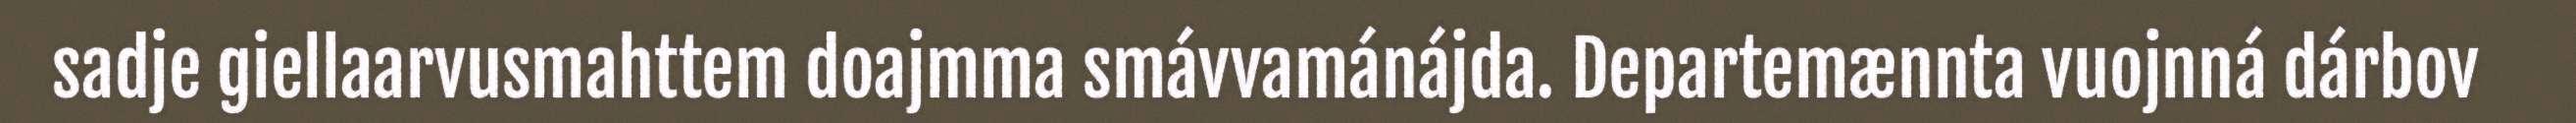
sadje giellaarvusmahttem doajmma smávvamánájda. Departemænnta vuojnná dárbov